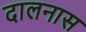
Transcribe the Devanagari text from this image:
दालनास